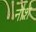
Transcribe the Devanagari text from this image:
नौशे